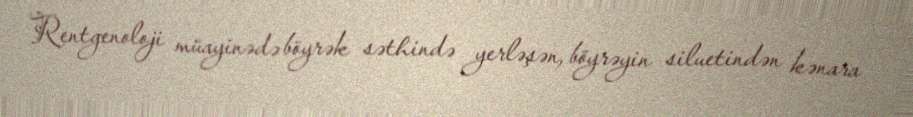
Rentgenoloji müayinədə böyrək səthində yerləşən, böyrəyin siluetindən kənara